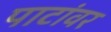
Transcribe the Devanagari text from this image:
पाटांवर